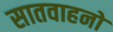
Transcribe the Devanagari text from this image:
सातवाहनो